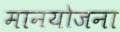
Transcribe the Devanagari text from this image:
मानयोजना